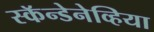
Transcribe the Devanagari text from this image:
स्कॅन्डेनेव्हिया